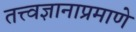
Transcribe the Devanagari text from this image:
तत्त्वज्ञानाप्रमाणे